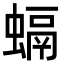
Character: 螎